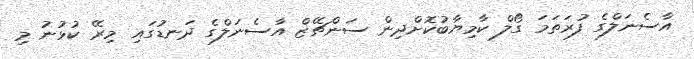
އާސެނަލްގެ ފުރަތަމަ ގޯލް ކާމިޔާބުކޮށްދިން ސަންޗޭޒް އާސެނަލްގެ ދަނޑުގައި މިރޭ ކުޅުނު މި